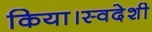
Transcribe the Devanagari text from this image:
किया।स्वदेशी